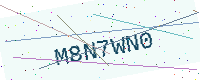
Text: M8N7WN0